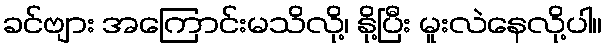
ခင်ဗျား အကြောင်းမသိလို့၊ နို့ပြီး မူးလဲနေလို့ပါ။